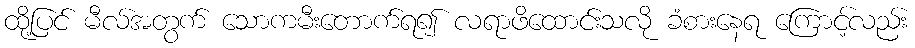
ထို့ပြင် မီလ်အတွက် သောကမီးတောက်ရ၍ လရာဖိထောင်းသလို ခံစားနေရ ကြောင့်လည်း